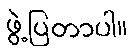
ဖွဲ့ပြတာပါ။